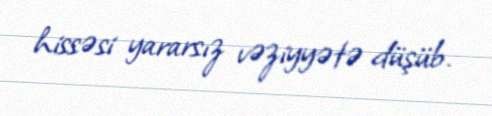
hissəsi yararsız vəziyyətə düşüb.